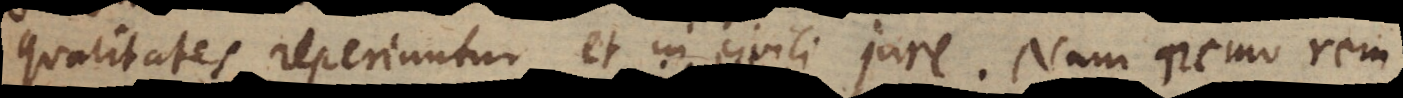
qualitates reperiuntur et in civili jure. Nam nemo rem